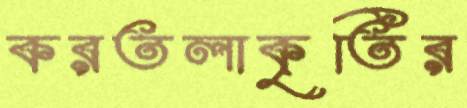
করতলাকৃতির